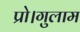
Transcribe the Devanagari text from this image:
प्रो।गुलाम